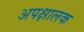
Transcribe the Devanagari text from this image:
अपक्षालक